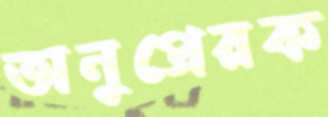
অনুপ্রেরক